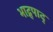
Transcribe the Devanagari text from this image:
भाद्र्पाद्